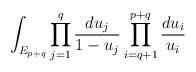
LaTeX: \begin{align*}\int_{E_{p+q}}\prod_{j=1}^{q}\frac{du_j}{1-u_j}\prod_{i=q+1}^{p+q}\frac{du_i}{u_i}\end{align*}